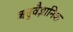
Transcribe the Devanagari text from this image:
ऋतुवैज्ञानिक